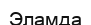
Эламда